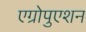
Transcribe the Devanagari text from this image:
एग्रोपुएशन